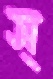
স্